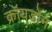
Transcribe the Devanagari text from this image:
क्रॉयडोन